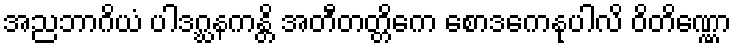
အညဘာဂိယံ ပါဒဂ္ဃနကန္တိ အတီတတ္တိကေ စောဒကေနုပါလိ ဝိတိဏ္ဏော